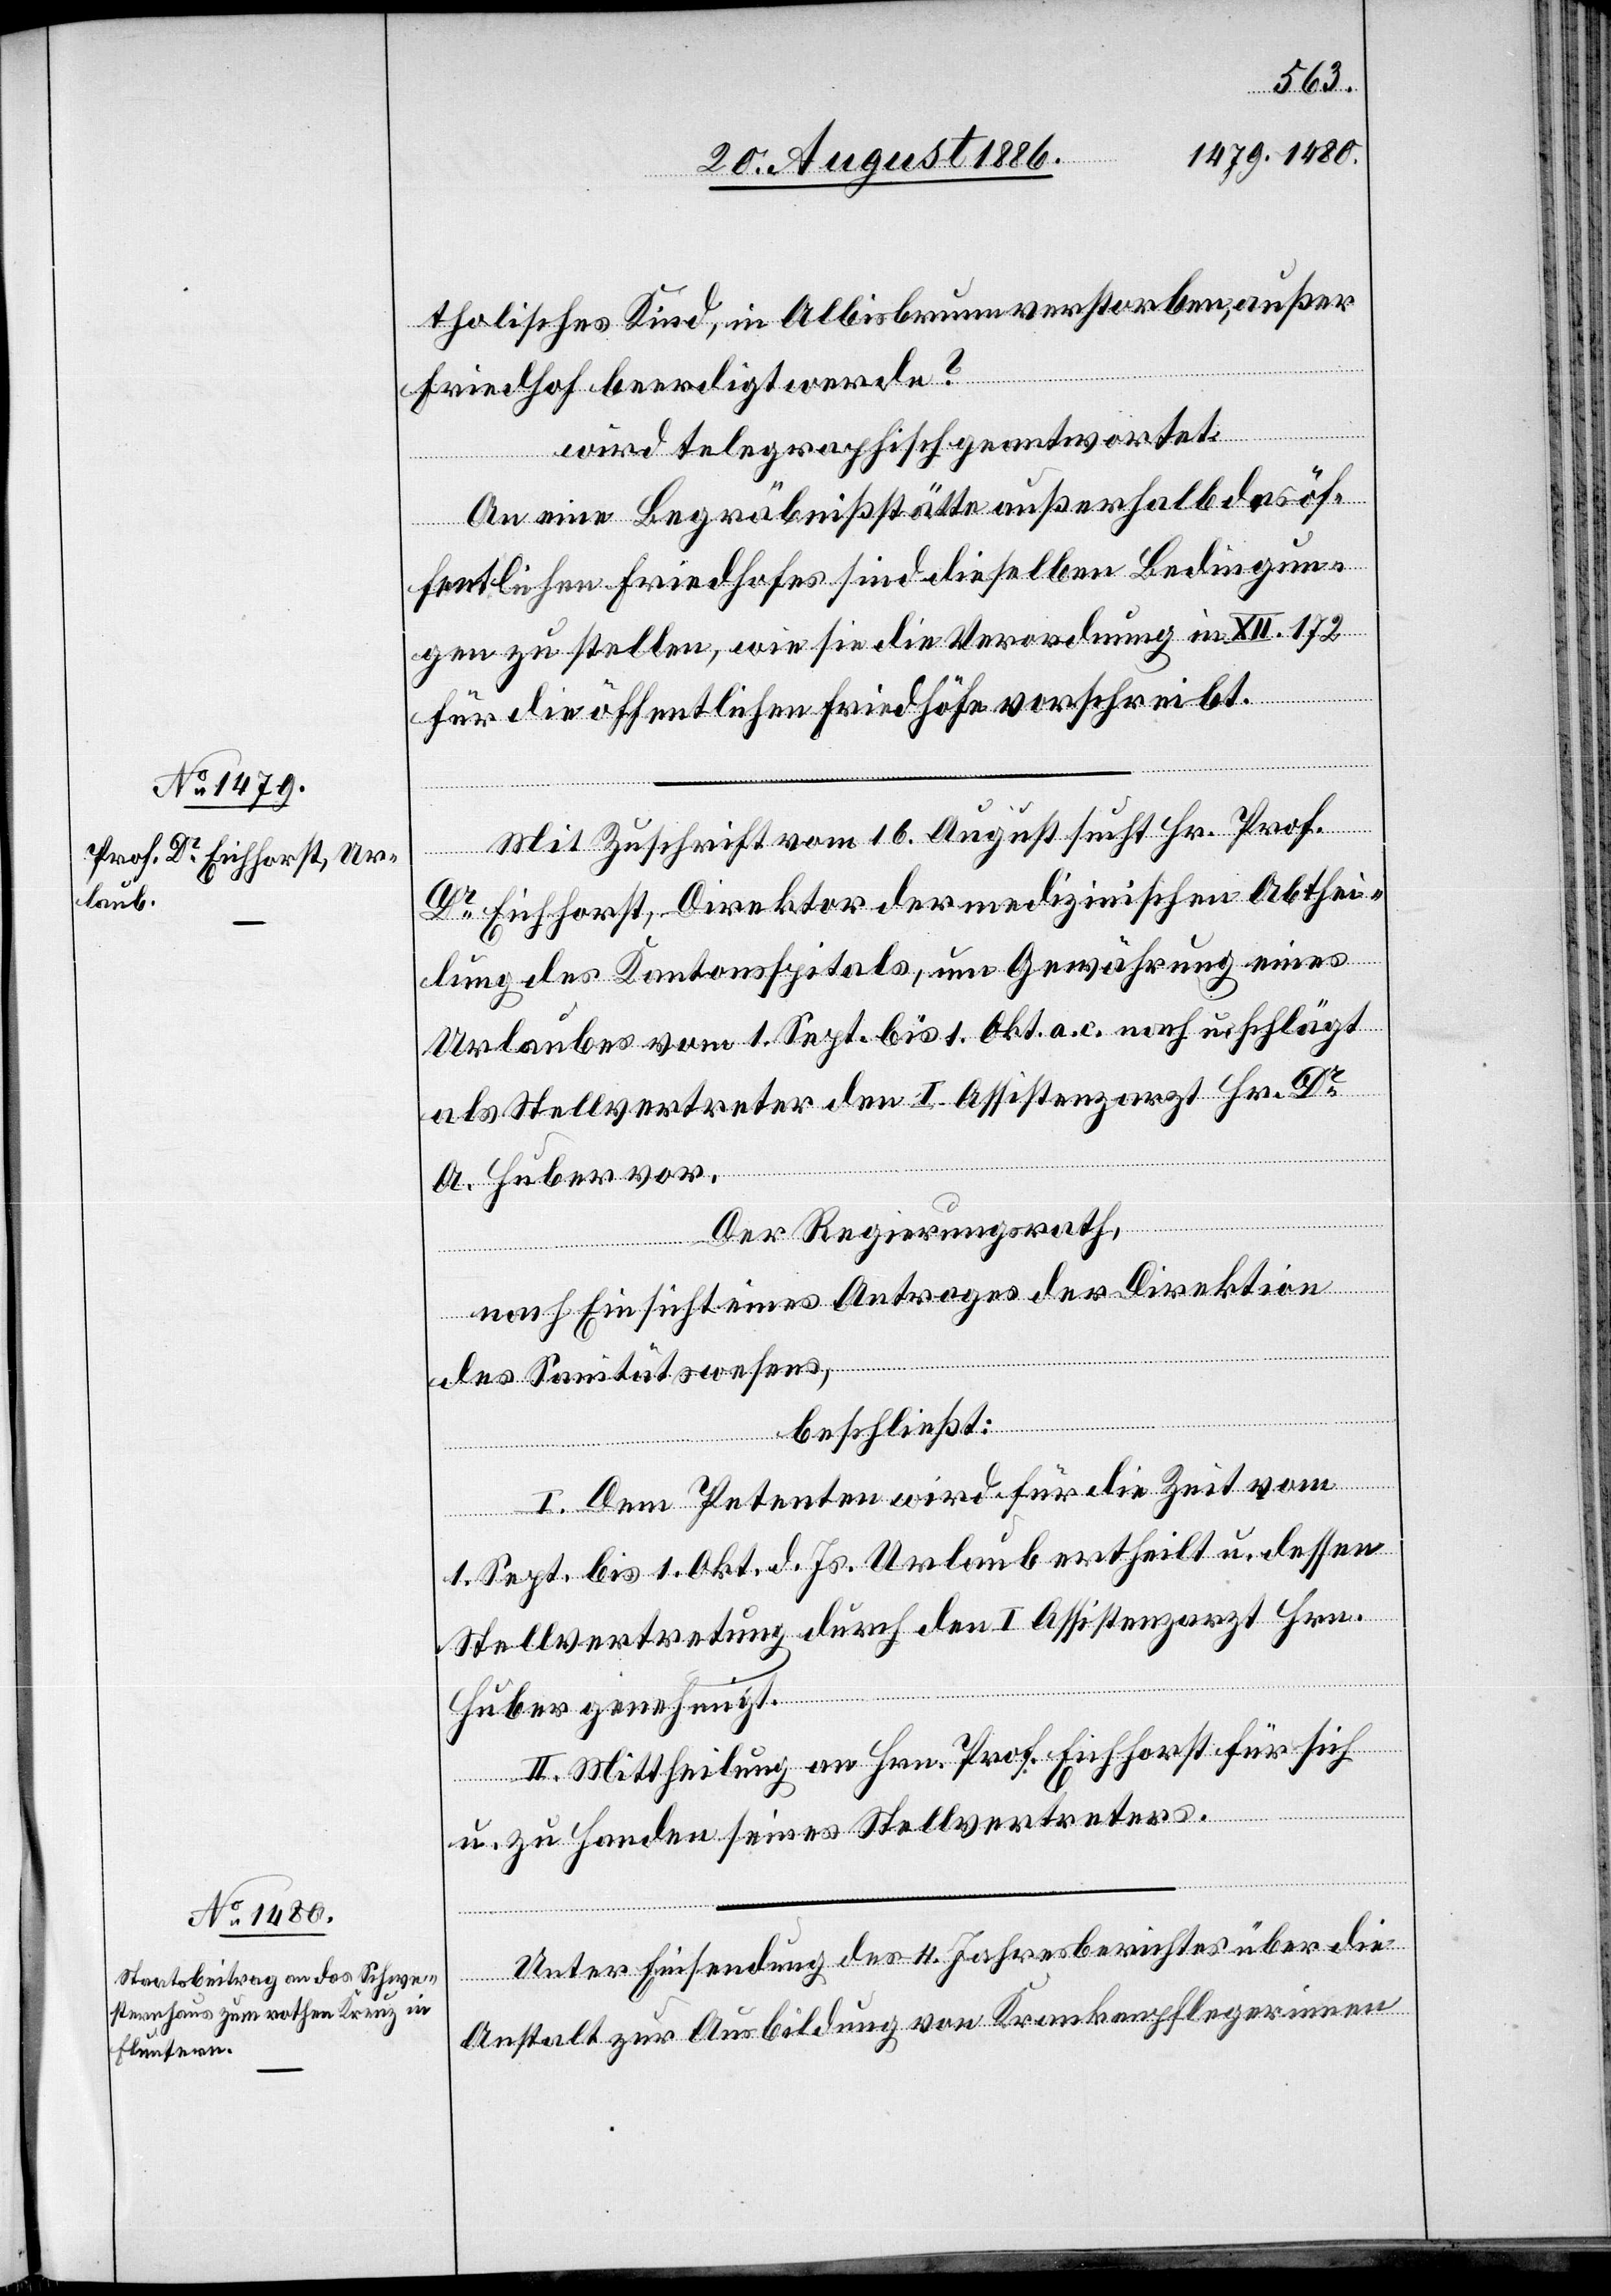
tholisches Kind, in Albisbrunn verstorben, außer
Friedhof beerdigt werde?
wird telegraphisch geantwortet:
An eine Begräbnißstätte außerhalb des öf¬
fentlichen Friedhofes sind dieselben Bedingun¬
gen zu stellen, wie sie die Verordnung in XII. 172
für die öffentlichen Friedhöfe vorschreibt.
Mit Zuschrift vom 16. August sucht Hr. Prof.
Dr Eichhorst, Direktor der medizinischen Abthei¬
lung des Kantonsspitals, um Gewährung eines
Urlaubes vom 1. Sept. bis 1. Okt. a. c. nach u. schlägt
als Stellvertreter den I. Assistenzarzt Hr. Dr.
A. Huber vor.
Der Regierungsrath,
nach Einsicht eines Antrages der Direktion
des Sanitätswesens,
beschließt:
I. Dem Petenten wird für die Zeit vom
1. Sept. bis 1. Okt. d. Js. Urlaub ertheilt u. dessen
Stellvertretung durch den I. Assistenzarzt Hrn.
Huber genehmigt.
II. Mittheilung an Hrn. Prof. Eichhorst für sich
u. zu Handen seines Stellvertreters.
Unter Einsendung des 4. Jahresberichtes über die
Anstalt zur Ausbildung von Krankenpflegerinnen